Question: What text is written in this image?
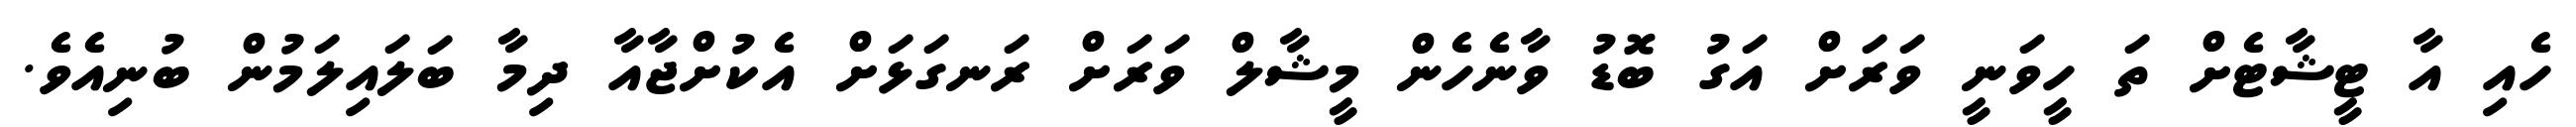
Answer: ހެއި އާ ޓީޝާޓެށް ތަ ހީވަނީ ވަރަށް އަގު ބޮޑު ވާނެހެން މީޝާލް ވަރަށް ރަނގަޅަށް އެކުށްޖާއާ ދިމާ ބަލައިލަމުން ބުނިއެވެ.